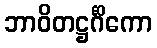
ဘာဝိတဋ္ဌင်္ဂိကော